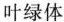
叶绿体